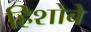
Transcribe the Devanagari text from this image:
हिशोबे